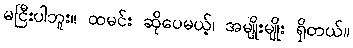
မငြီးပါဘူး။ ထမင်း ဆိုပေမယ့်၊ အမျိုးမျိုး ရှိတယ်။